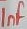
Text: 1nF